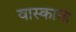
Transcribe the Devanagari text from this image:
वास्काना